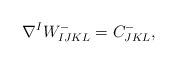
LaTeX: \begin{align*}\nabla^I W^{-}_{IJKL}=C^{-}_{JKL},\end{align*}